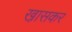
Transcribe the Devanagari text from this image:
खा़सकर